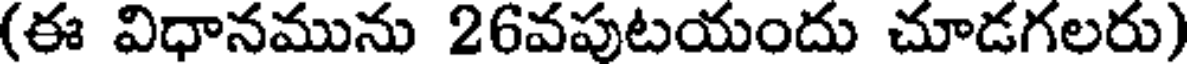
(ఈ విధానమును 26వపుటయందు చూడగలరు)